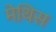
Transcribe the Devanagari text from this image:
मेथिस